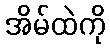
အိမ်ထဲကို